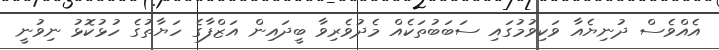
އެއްވެސް ދުނިޔެއާ ވަކިވުމުގައި ސަބަބުތަކެއް މެދުވެރިވާ ބީދައިން އަޒްފާގެ ހަޔާތުގެ ހުޅުކޮޅު ނިވުނީ